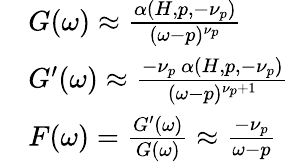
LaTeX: \begin{array}{r}{\begin{array}{rl}&{G(\omega)\approx\frac{\alpha(H,p,-\nu_{p})}{(\omega-p)^{\nu_{p}}}}\\ &{G^{\prime}(\omega)\approx\frac{-\nu_{p}~\alpha(H,p,-\nu_{p})}{(\omega-p)^{\nu_{p}+1}}}\\ &{F(\omega)=\frac{G^{\prime}(\omega)}{G(\omega)}\approx\frac{-\nu_{p}}{\omega-p}}\end{array}}\end{array}